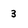
Character: 3